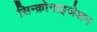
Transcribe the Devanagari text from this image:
सिन्क्रोनाइजेशन